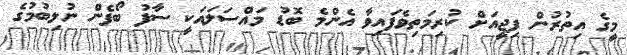
މީގެ އިތުރުން ފިޖީއަށް ކުރިމަތިވެފައިވާ އެންމެ ބޮޑު މައްސަލައަކީ ސާފު ބޯފެން ނުލިބުމުގެ